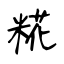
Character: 糀